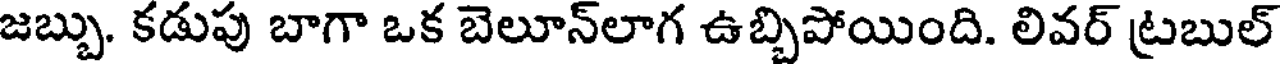
జబ్బు. కడుపు బాగా ఒక బెలూన్లాగ ఉబ్బిపోయింది. లివర్ ట్రబుల్